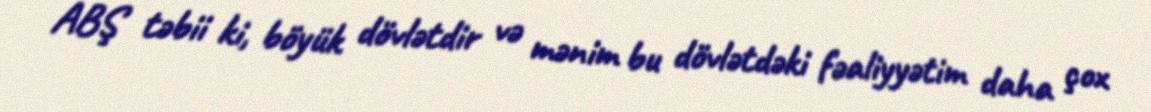
ABŞ təbii ki, böyük dövlətdir və mənim bu dövlətdəki fəaliyyətim daha çox